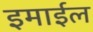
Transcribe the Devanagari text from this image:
इमाईल